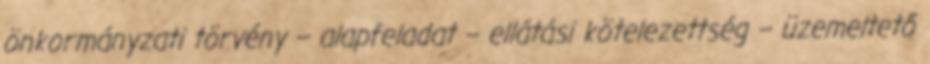
önkormányzati törvény – alapfeladat – ellátási kötelezettség – üzemeltető